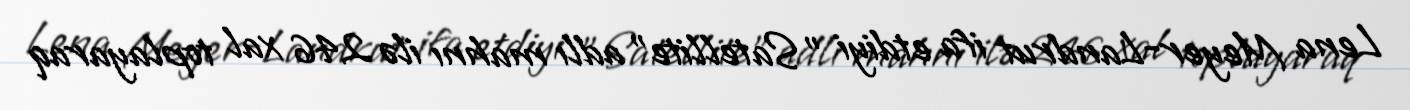
Lena Meyer-Landrut ifa etdiyi "Satellite" adlı mahnı ilə 246 xal toplayaraq